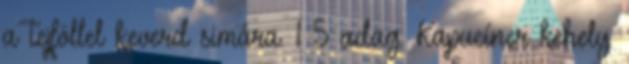
a tejföllel keverd simára. 1 5 adag. Kapucíner kehely.